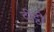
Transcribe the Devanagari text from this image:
दीट्ठी